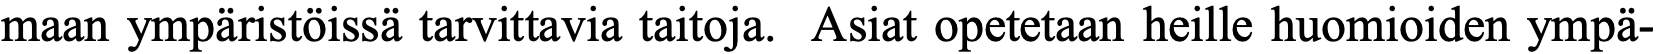
maan ympäristöissä tarvittavia taitoja. Asiat opetetaan heille huomioiden ympä-